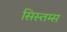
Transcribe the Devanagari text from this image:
सिस्तम्स